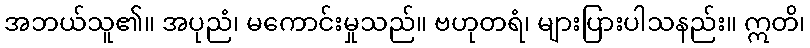
အဘယ်သူ၏။ အပုညံ၊ မကောင်းမှုသည်။ ဗဟုတရံ၊ များပြားပါသနည်း။ ဣတိ၊